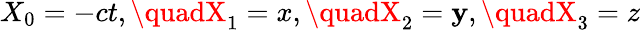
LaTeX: X_{0}=-ct,\quadX_{1}=x,\quadX_{2}=\mathbf{y},\quadX_{3}=z